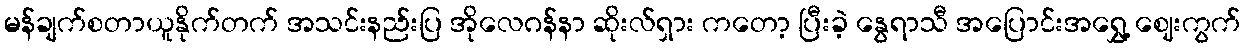
မန်ချက်စတာယူနိုက်တက် အသင်းနည်းပြ အိုလေဂန်နာ ဆိုးလ်ရှား ကတော့ ပြီးခဲ့ နွေရာသီ အပြောင်းအရွှေ့ ဈေးကွက်